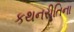
કથનરીતિના